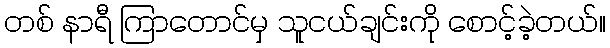
တစ် နာရီ ကြာတောင်မှ သူငယ်ချင်းကို စောင့်ခဲ့တယ်။